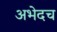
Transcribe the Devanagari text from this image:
अभेदच